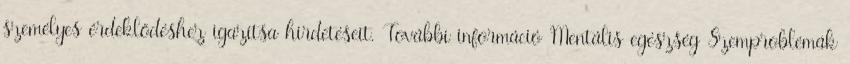
személyes érdeklődéshez igazítsa hirdetéseit. További információ Mentális egészség Szemproblémák